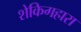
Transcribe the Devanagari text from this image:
शेकिगहारा